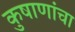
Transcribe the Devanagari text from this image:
कुषाणांचा